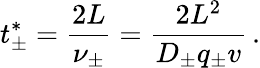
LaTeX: t_{\pm}^{*}=\frac{2L}{\nu_{\pm}}=\frac{2L^{2}}{D_{\pm}q_{\pm}v}\, .